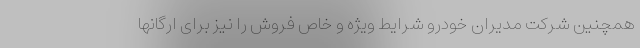
همچنین شرکت مدیران خودرو شرایط ویژه و خاص فروش را نیز برای ارگانها